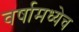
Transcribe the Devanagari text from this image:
वर्षामध्येच